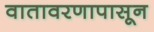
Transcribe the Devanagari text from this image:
वातावरणापासून